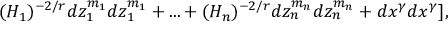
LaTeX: ( H _ { 1 } ) ^ { - 2 / r } d z _ { 1 } ^ { m _ { 1 } } d z _ { 1 } ^ { m _ { 1 } } + . . . + ( H _ { n } ) ^ { - 2 / r } d z _ { n } ^ { m _ { n } } d z _ { n } ^ { m _ { n } } + d x ^ { \gamma } d x ^ { \gamma } ] ,